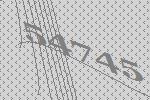
54745